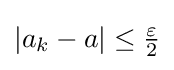
|a_{k}-a|\leq {\tfrac {\varepsilon }{2}}